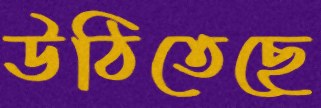
উঠিতেছে